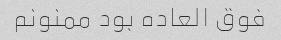
فوق العاده بود ممنونم